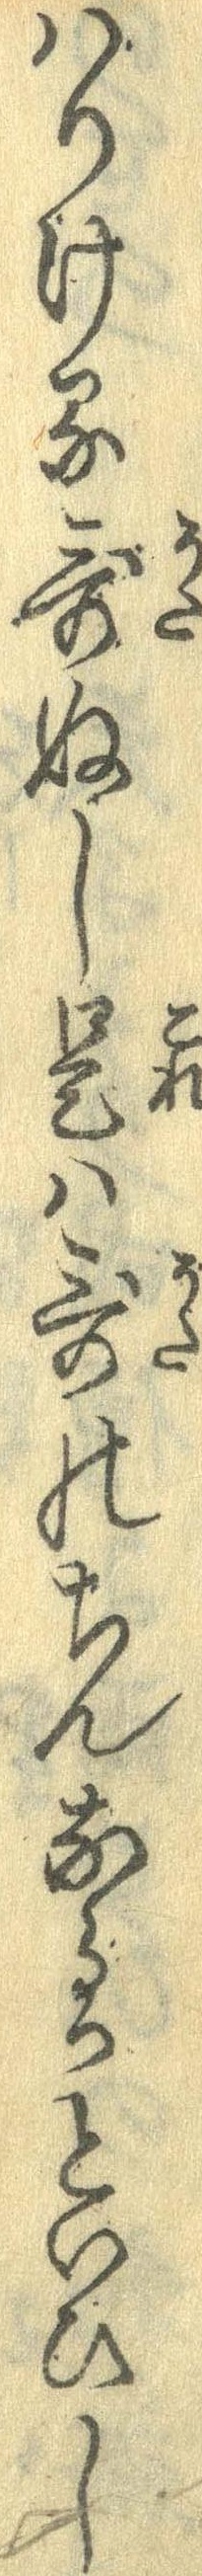
はりける歌ぬし是は歌のちんなるかといひし